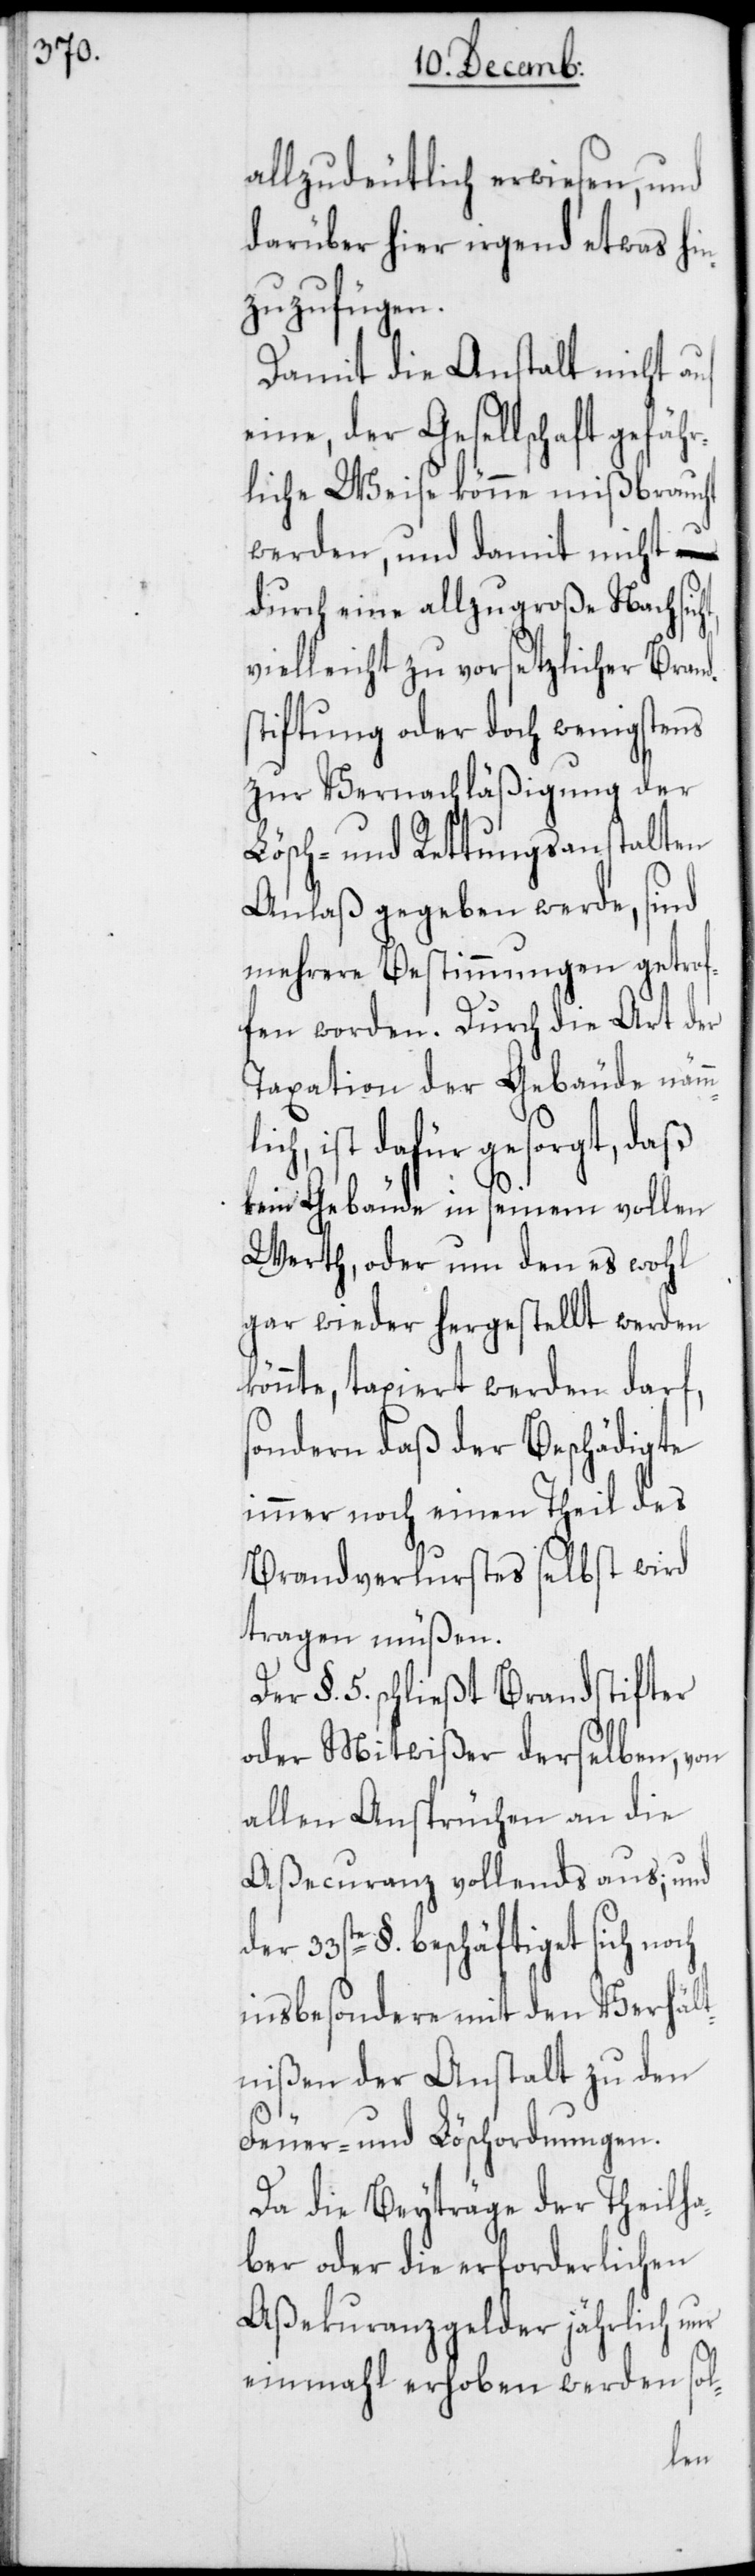
33s¬

allzudeutlich erwiesen, und
darüber hier irgend etwas hi¬
nzuzufügen.
Damit die Anstalt nicht
eine, der Gesellschaft gefähr¬
liche Weise könne mißbraucht
werden, und damit nicht
durch eine allzugroße Nachsic¬
vielleicht zu vorsetzlicher Brands¬
tiftung oder doch wenigstens
zur Vernachläßigung der
Lösch- und Rettungsanstalten
Anlaß gegeben werde, sind
mehrere Bestimmungen getrof¬
fen worden. Durch die Art der
Taxation der Gebäude näm¬
ch, ist dafür gesorgt, daß
kein Gebäude in seinem vollen
Werth, oder um den es wohl
gar wieder hergestellt werden
könnte, taxiert werden darf,
sondern daß der Beschädigte
immer noch einen Theil des
Brandverlurstes selbst wird
tragen müßen.
Der §. 5. schließt Brandstifter
oder Mitwißer derselben, von
allen Ansprüchen an die
Aßecuranz vollends aus; und
te §. beschäftiget sich noch
insbesondere mit den Verhält¬
nißen der Anstalt zu den
Feuer- und Löschordnungen.
Da die Beyträge der Theilha¬
ber oder die erforderlichen
Aßecuranzgelder jährlich nur
einmahl erhoben werden sol-
der